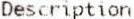
DESCRIPTION